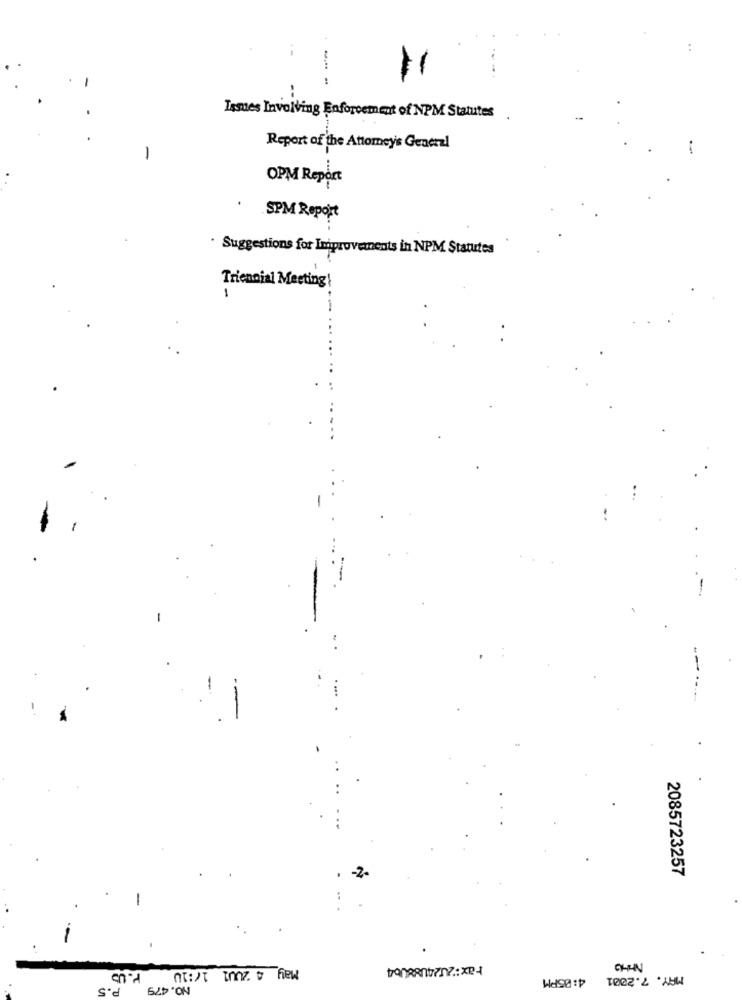
11
-
--
Issues Involving Enforcement of NPM Statutes
1
Report of the Attomey's General
OPM Report
SPM Report
. Suggestions for Improvements in NPM Statutes
Triennial Meeting!
1
-
-
2085723257
Fax:2024188064
P. US
May 4 2001 1/:10
4:05PM
MAY. 7.2001
P.5
NO.479